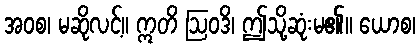
အဝစ၊ မဆိုလင့်။ ဣတိ ဩဝဒိ၊ ဤသို့ဆုံးမ၏။ ယောစ၊